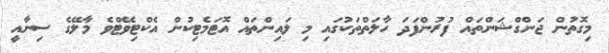
މިގޮތުން ޖަންގްޝަންތައް ފުރުންފަދަ ހާލަތްތަކުގައި މި ލައިންތައް އޮޓަމެޓިކުން އެކްޓިވޭޓްވެ މާލޭގެ ސިނާއީ